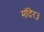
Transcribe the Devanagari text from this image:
मंदिर३